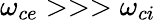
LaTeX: \omega_{ce}>>>\omega_{ci}